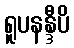
ရူပနန္ဒီပိ